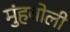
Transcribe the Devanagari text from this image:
मुंहबोली